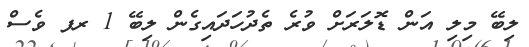
ލިބޭ މިލި އަން ޑޮލަރަށް ވުރެ ތެދުހަދައިގެން ލިބޭ 1 ރފ ވެސް